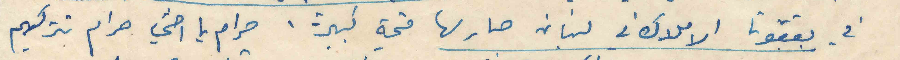
في بقعتوتا الاملاك في لبنان صار لها قيمة كبيرة. حرام يا اختي حرام تتركيهم